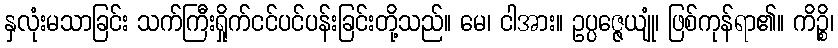
နှလုံးမသာခြင်း သက်ကြီးရှိုက်ငင်ပင်ပန်းခြင်းတို့သည်။ မေ၊ ငါအား။ ဥပ္ပဇ္ဇေယျုံ၊ ဖြစ်ကုန်ရာ၏။ ကိဉ္စိ၊